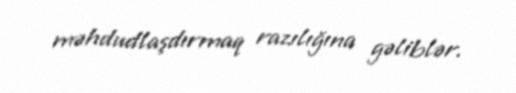
məhdudlaşdırmaq razılığına gəliblər.